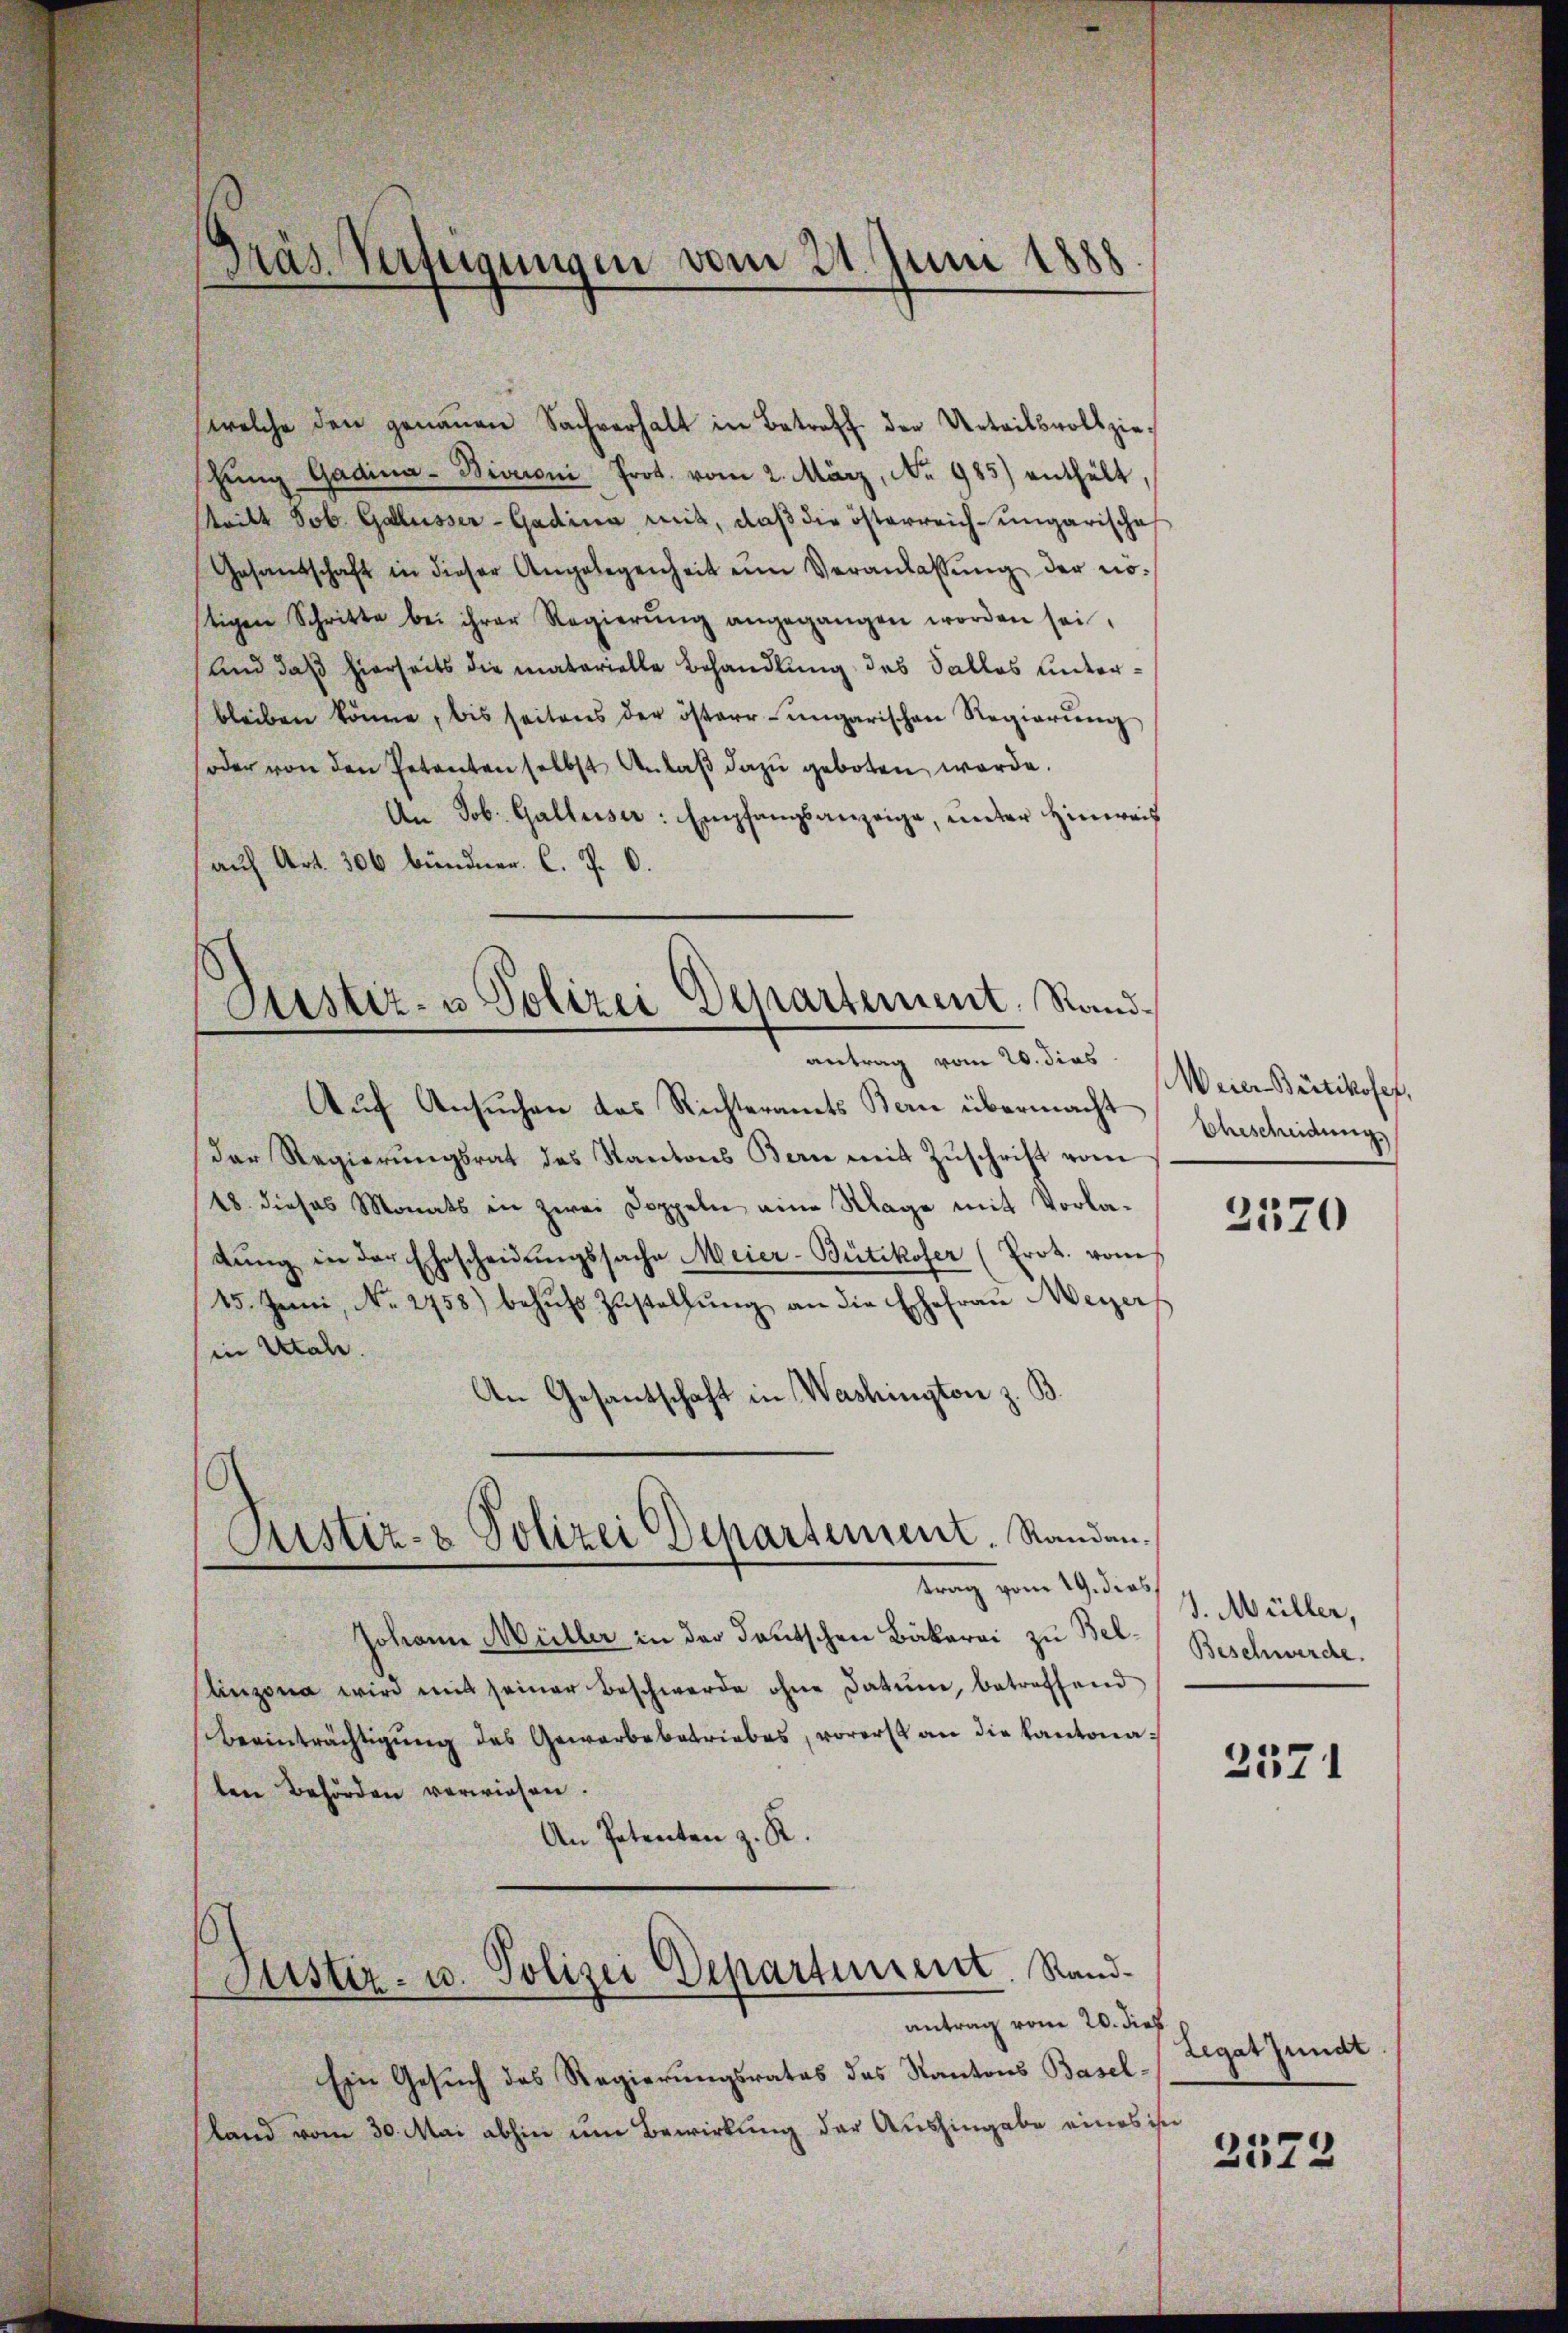
Gräs. Verfügungen vom 21. Juni 1888

Justiz- u Polizei Departement. Randantrag vom 20. dies

welche den genaŭen Sachverhalt in Betreff der Urteilsvollziehŭng Gadina-Biveroni Prot. vom 2. März, Nr. 985) enthält,
stritt Job. Gallusser-Gadina mit, daß die österreich-ungarische
Gesandschaft in dieser Angelegenheit ŭm Veranlassŭng der no-
tigen Schritte bei ihrer Regierŭng angegangen worden sei,
Und daß hierseits die materielle Behandlung des Sallos unterbleiben könne, bis seitens der östere ungarischen Regierŭng
soder von den Petenten selbst Anlaβ dazŭ geboten werde.
An Job. Galleiser: Empfangsanzeige, unter Hinweis
auf Art. 306 bündner. C. P. O.
Aŭf Ansuchen das Richteramts Bern übermacht Ehrscheidung
der Regierŭngsrat des Kantons Bern mit Zŭschrift vom
18. dieses Monats in zwei Doppeln eine Klage mit Vorladung in der Ehescheidungssache Meier-Bütikofer (Prot. vom
15. Jenii, No. 2758) behufs Zustellung an die Ehefrau Weyer
in Utah.
An Gesantschaft in Washington z. B.
Justiz- & Polizei Departement. Randantrag vom 19. dies,
Johann Müller in der deutschen Bäkerei zu Bellinzona wird mit seiner Beschwerde ohne Datum, betreffend
Beeinträchtigung des Gewerbebetriebes, vorerst an die Kantonaten Behörden verwiesen.
An Petenten z. K.

Justiz- u. Polizei Departement. Sandantrag vom 20. dies

Ein Gesuch des Regierungsrates des Kantons Baselsland vom 30. Mai abhin um Bewirkung der Aushingabe eines ihn

Weier Bütikofer,

2570

J. Müller,
Beschwerde.

2371

Legat Jundt

2572